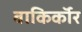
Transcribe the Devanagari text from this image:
बाकिर्कॉर